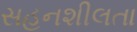
સહનશીલતા